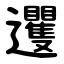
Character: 䢲